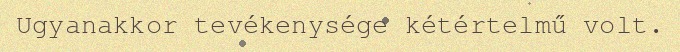
Ugyanakkor tevékenysége kétértelmű volt.